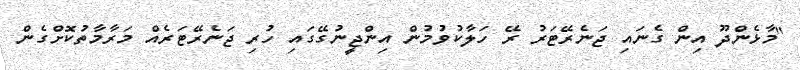
"މާޅެންދޫ އިން ގެނައި ޖަނެރޭޓަރު ރޭ ހަލާކުވުމުން އިންޖީނުގޭގައި ހުރި ޖަނެރޭޓަރެއް މަރާމާތުކޮށްގެން